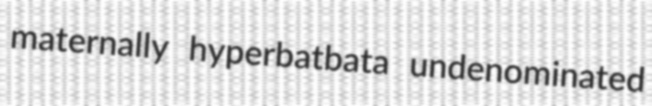
maternally hyperbatbata undenominated